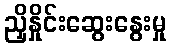
ညှိနှိုင်းဆွေးနွေးမှု